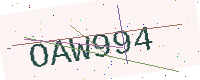
Text: OAW994